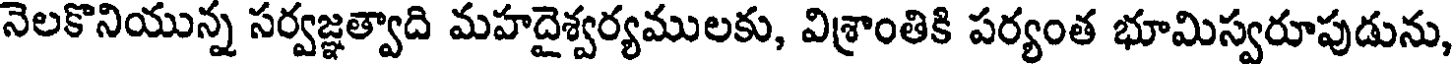
నెలకొనియున్న సర్వజ్ఞత్వాది మహదైశ్వర్యములకు, విశ్రాంతికి పర్యంత భూమిస్వరూపుడును,